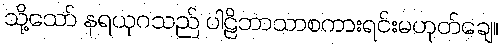
သို့သော် နရယုဂသည် ပါဠိဘာသာစကားရင်းမဟုတ်ချေ။